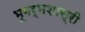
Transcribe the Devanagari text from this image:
भूगर्भशास्री